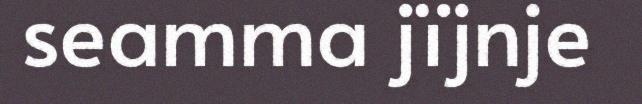
seamma jïjnje